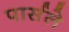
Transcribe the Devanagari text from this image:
पार्सले